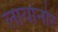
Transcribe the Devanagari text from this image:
लायोनोर